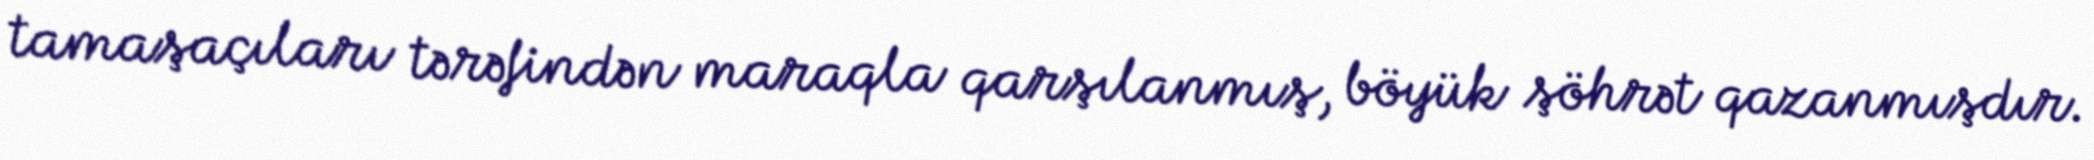
tamaşaçıları tərəfindən maraqla qarşılanmış, böyük şöhrət qazanmışdır.